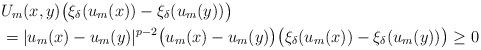
LaTeX: \begin{align*}& U_m(x,y)\bigl(\xi_\delta(u_m(x))-\xi_\delta(u_m(y))\bigr) \\&=|u_m(x)-u_m(y)|^{p-2} \bigl(u_m(x)-u_m(y)\bigr)\bigl(\xi_\delta(u_m(x))-\xi_\delta(u_m(y))\bigr) \geq 0\end{align*}